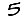
Digit: 5